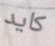
كايد